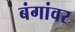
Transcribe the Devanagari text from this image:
बंगांवर